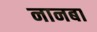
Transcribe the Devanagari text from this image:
नानबा